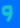
و